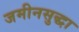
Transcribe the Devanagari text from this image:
जमीनसुद्धा